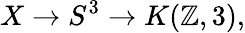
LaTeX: X\to S^{3}\to K(\mathbb{Z},3),